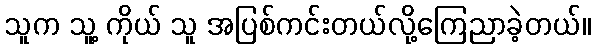
သူက သူ့ ကိုယ် သူ အပြစ်ကင်းတယ်လို့ကြေညာခဲ့တယ်။